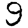
Digit: 9